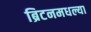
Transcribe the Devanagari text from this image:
ब्रिटनमधल्या